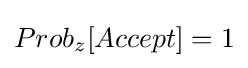
Prob_{z}[Accept]=1